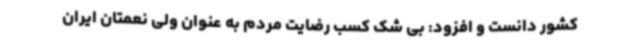
کشور دانست و افزود: بی شک کسب رضایت مردم به عنوان ولی نعمتان ایران